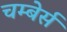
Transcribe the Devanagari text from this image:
चम्बेर्स